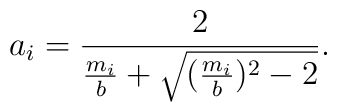
a_i=\frac{2}{\frac{m_i}{b}+\sqrt{(\frac{m_i}{b})^2-2}}.